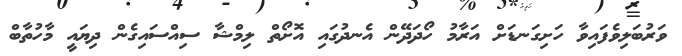
ވަރުބަލިވެފައިވާ ހަށިގަނޑަށް އަރާމު ހޯދަދޭން އެނދުގައި އޮށޯތް ލިމްޝާ ސިއްސައިގެން ދިޔައީ މާހުތާބް